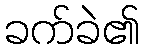
ခက်ခဲ၏